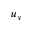
u _ { y }